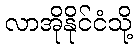
လာအိုနိုင်ငံသို့